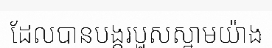
ដែលបានបង្ករបួសស្នាមយ៉ាង